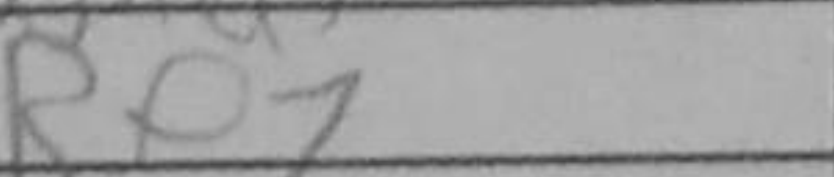
Transcription: Re7